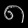
Digit: ၈